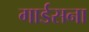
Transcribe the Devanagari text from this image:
गार्डसना